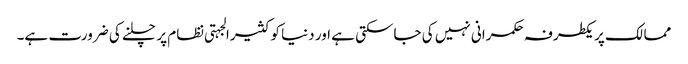
ممالک پر یکطرفہ حکمرانی نہیں کی جاسکتی ہے اور دنیا کو کثیرالجہتی نظام پر چلنے کی ضرورت ہے۔